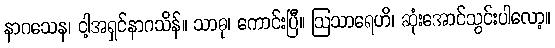
နာဂသေန၊ ငါ့အရှင်နာဂသိန်။ သာဓု၊ ကောင်းပြီ။ ဩသာရေဟိ၊ ဆုံးအောင်သွင်းပါလော့။